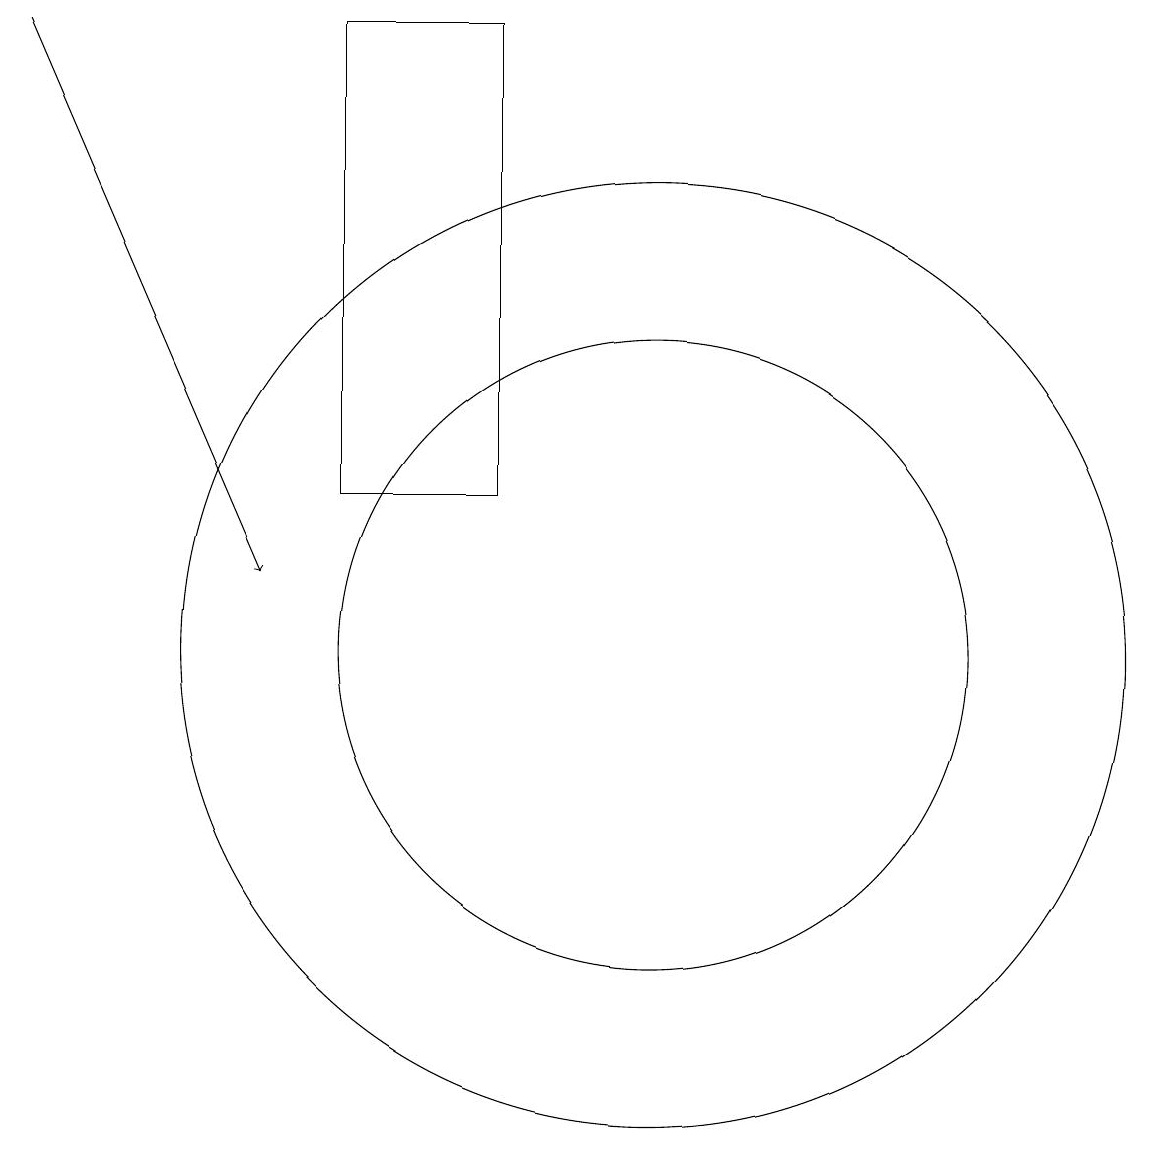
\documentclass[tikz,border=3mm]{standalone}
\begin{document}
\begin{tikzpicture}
\draw (10,10) circle (6);
\draw (8,18) rectangle (6,12);
\draw (10,10) circle (4);
\draw[->] (2,18) -- (5,11);
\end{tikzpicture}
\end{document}